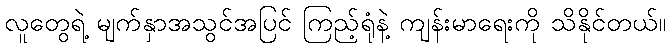
လူတွေရဲ့ မျက်နှာအသွင်အပြင် ကြည့်ရုံနဲ့ ကျန်းမာရေးကို သိနိုင်တယ်။